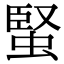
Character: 蜸